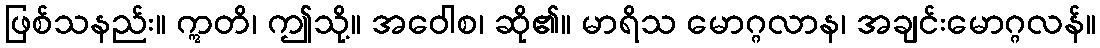
ဖြစ်သနည်း။ ဣတိ၊ ဤသို့။ အဝေါစ၊ ဆို၏။ မာရိသ မောဂ္ဂလာန၊ အချင်းမောဂ္ဂလန်။